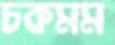
চকমম